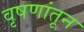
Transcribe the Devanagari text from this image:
वृषणांतून